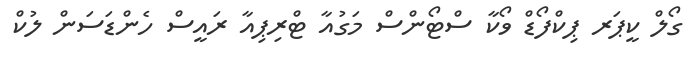
ގޯލް ކީޕަރ ޕިކްފޯޑް ވޯކާ ސްޓޯންސް މަގުއާ ޓްރިޕިއާ ރައީސް ހެންޑަސަން ލުކް